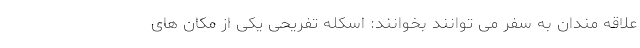
علاقه مندان به سفر می توانند بخوانند: اسکله تفریحی یکی از مکان های